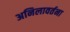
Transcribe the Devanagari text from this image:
अनिलावर्तना